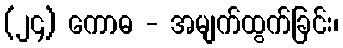
(၂၄) ကောဓ - အမျက်ထွက်ခြင်း၊